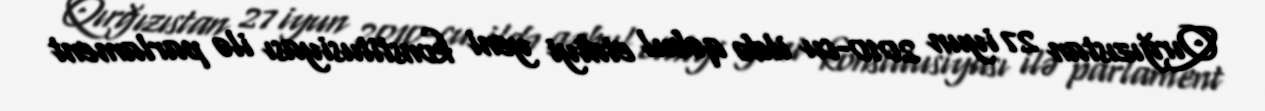
Qırğızıstan 27 iyun 2010-cu ildə qəbul etdiyi yeni konstitusiyası ilə parlament